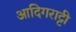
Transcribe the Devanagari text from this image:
आदिगराट्टी